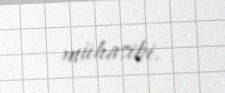
mühasibi.